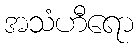
အသံဟီရော